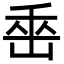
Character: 𡷩